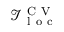
\mathcal { I } _ { \mathrm { ~ l ~ o ~ c ~ } } ^ { \mathrm { ~ C ~ V ~ } }